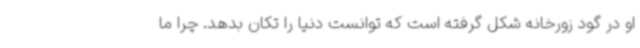
او در گود زورخانه شکل گرفته است که توانست دنیا را تکان بدهد. چرا ما